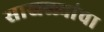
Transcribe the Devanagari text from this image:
साखळ्यांचा